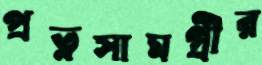
প্রত্নসামগ্রীর